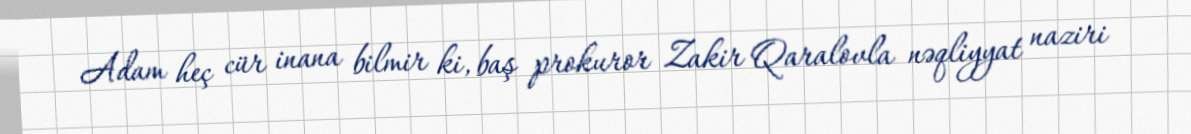
Adam heç cür inana bilmir ki, baş prokuror Zakir Qaralovla nəqliyyat naziri